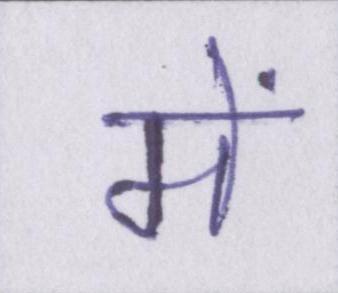
में